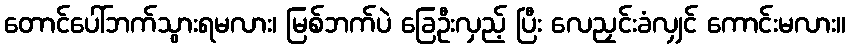
တောင်ပေါ်ဘက်သွားရမလား၊ မြစ်ဘက်ပဲ ခြေဦးလှည့် ပြီး လေညှင်းခံလျှင် ကောင်းမလား။